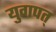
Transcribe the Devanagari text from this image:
युगपत्